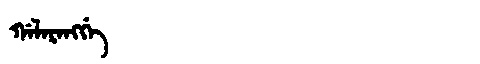
Manchu: ᡤᠠᠯᠠᡵᠠᠩᡤᡝ
Romanization: GALARANGGE